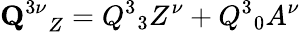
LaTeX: {{\mathbf Q}^{3\nu}}_{Z}=Q^{3}{}_{3}Z^{\nu}+Q^{3}{}_{0}A^{\nu}